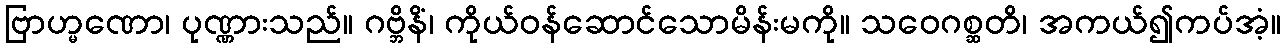
ဗြာဟ္မဏော၊ ပုဏ္ဏားသည်။ ဂဗ္ဘိနိံ၊ ကိုယ်ဝန်ဆောင်သောမိန်းမကို။ သဝေဂစ္ဆတိ၊ အကယ်၍ကပ်အံ့။